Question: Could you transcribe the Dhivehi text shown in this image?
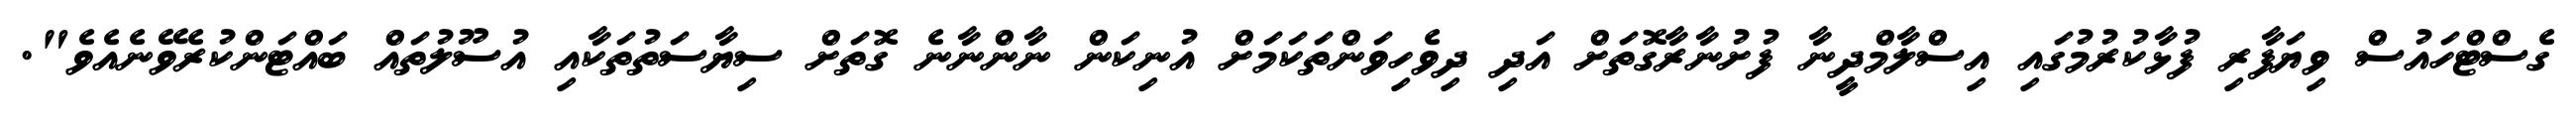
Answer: ގެސްޓްހައުސް ވިޔަފާރި ފުޅާކުރުމުގައި އިސްލާމްދީނާ ފުށުނާރާގޮތަށް އަދި ދިވެހިވަންތަކަމަށް އުނިކަން ނާންނާނެ ގޮތަށް ސިޔާސަތުތަކާއި އުސޫލުތައް ބައްޓަންކުރެވޭނެއެވެ".